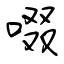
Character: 啜